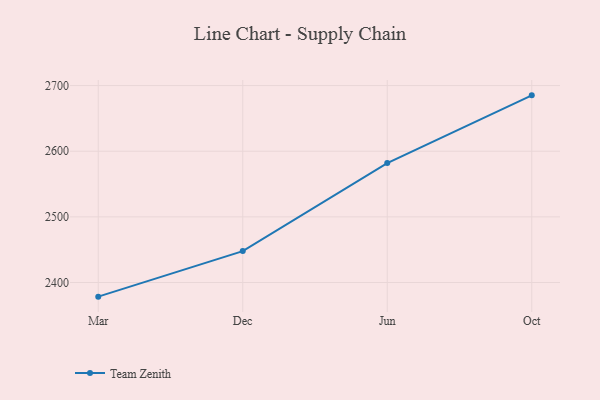
{"axis": {"x": "Month", "y": "Inventory Turnover"}, "legend": ["Team Zenith"], "data": [{"x": "Mar", "y": 2378.5, "type": "Team Zenith"}, {"x": "Dec", "y": 2447.9, "type": "Team Zenith"}, {"x": "Jun", "y": 2582.0, "type": "Team Zenith"}, {"x": "Oct", "y": 2685.1, "type": "Team Zenith"}]}